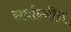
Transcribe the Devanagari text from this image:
सर्वान्गीन